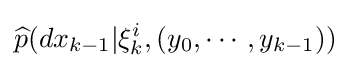
{\widehat {p}}(dx_{k-1}|\xi _{k}^{i},(y_{0},\cdots ,y_{k-1}))